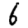
Digit: 6